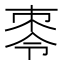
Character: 𪲕